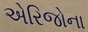
એરિજોના